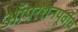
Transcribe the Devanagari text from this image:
ऑपरेशनपूर्वीच